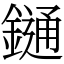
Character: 𨫤